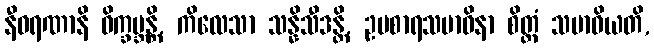
နီဝရဏာနိ ဝိက္ခမ္ဘန္တိ, ကိလေသာ သန္နိသီဒန္တိ, ဥပစာရသမာဓိနာ စိတ္တံ သမာဓိယတိ,